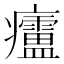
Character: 𱱲